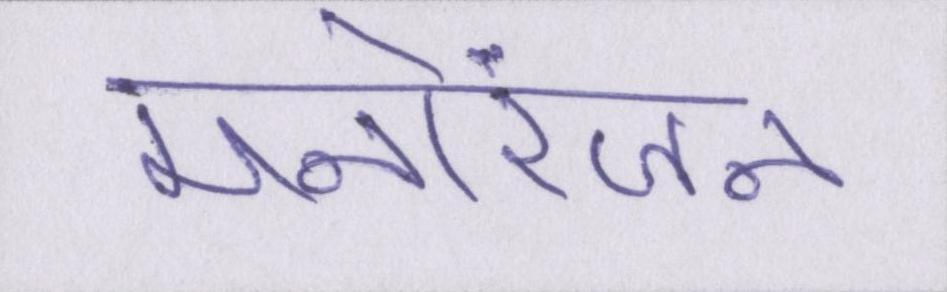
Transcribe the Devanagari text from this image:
मनोरंजन